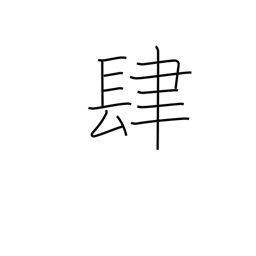
Meaning: four